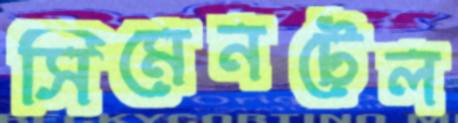
সিমেনটেল